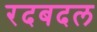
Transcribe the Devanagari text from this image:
रदबदल